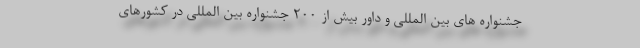
جشنواره های بین المللی و داور بیش از 200 جشنواره بین المللی در کشورهای